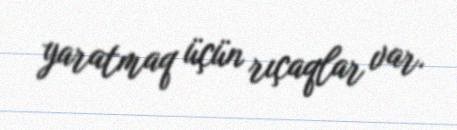
yaratmaq üçün rıçaqlar var.